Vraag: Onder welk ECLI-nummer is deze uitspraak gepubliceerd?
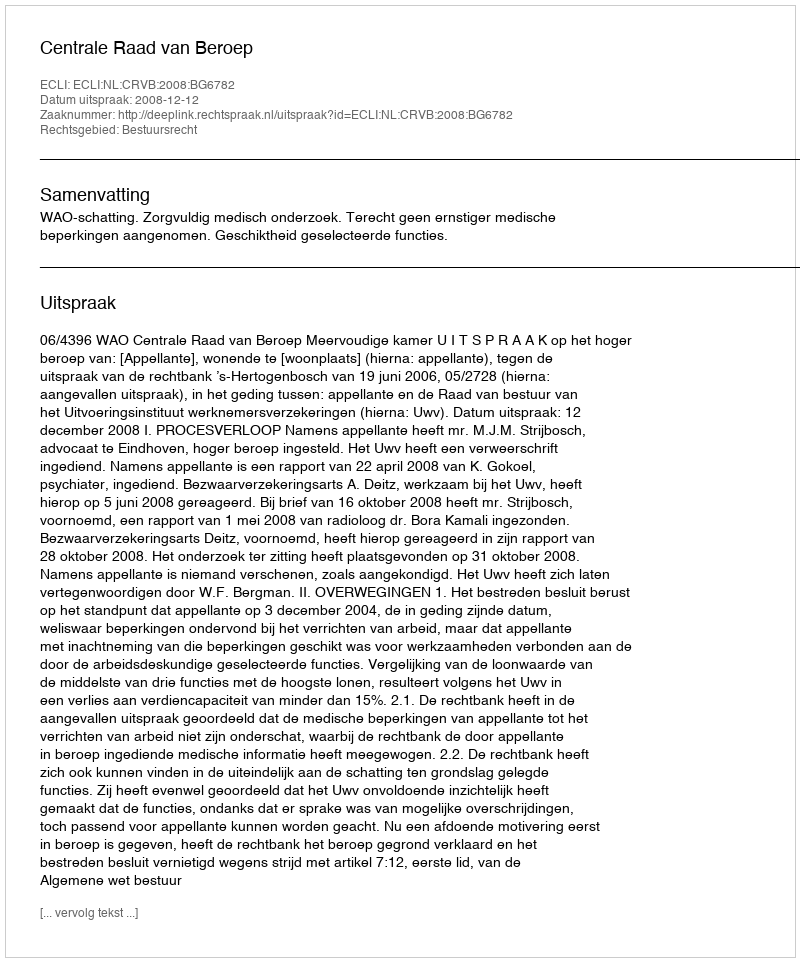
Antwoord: ECLI:NL:CRVB:2008:BG6782